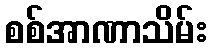
စစ်အာဏာသိမ်း